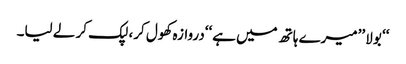
‘‘ بولا ’’میرے ہاتھ میں ہے‘‘دروازہ کھول کر، لپک کر لے لیا۔